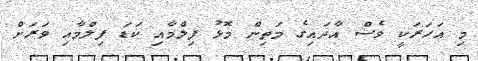
މި އަހަރަކީ ވެސް އާދައިގެ މަތިން މޮޅު ފިލްމާއި ކަޑަ ފިލްމާއި ވަރަށް